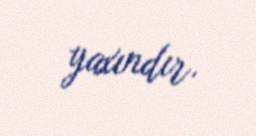
yaxındır.